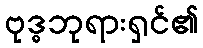
ဗုဒ္ဓဘုရားရှင်၏